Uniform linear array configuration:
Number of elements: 16
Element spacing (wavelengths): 0.25
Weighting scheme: uniform
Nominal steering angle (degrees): -45
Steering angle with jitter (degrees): -43.265
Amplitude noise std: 0.05
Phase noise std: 0.05

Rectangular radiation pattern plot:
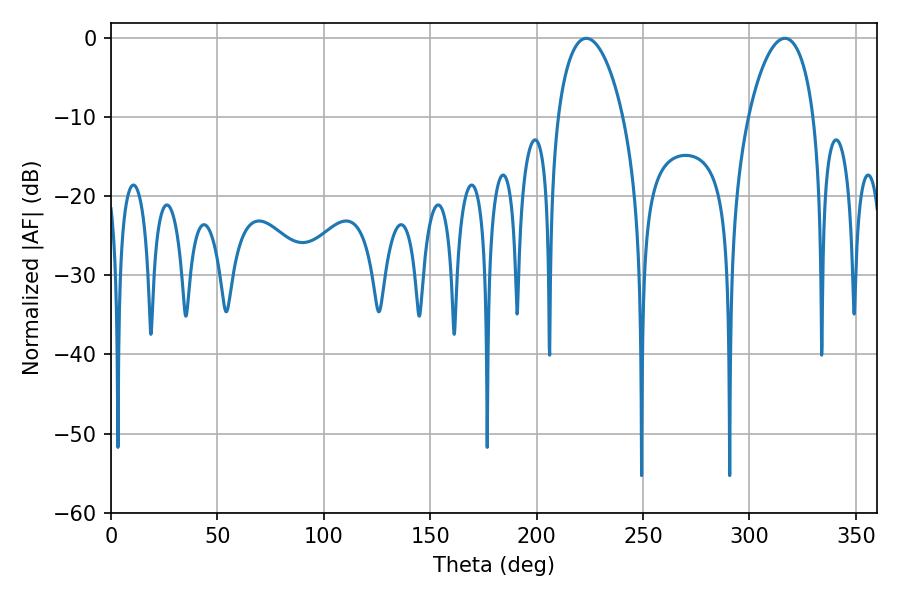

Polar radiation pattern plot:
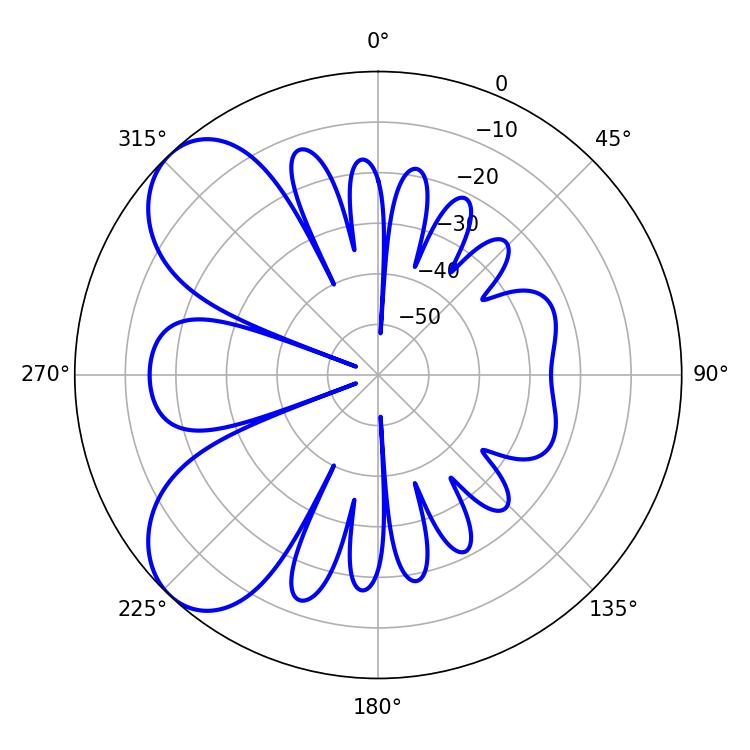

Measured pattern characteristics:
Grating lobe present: FALSE
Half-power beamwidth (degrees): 17.46
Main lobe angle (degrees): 223.38